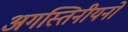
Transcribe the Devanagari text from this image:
अगस्तिनीयनों